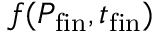
f ( P _ { \mathrm { f i n } } , t _ { \mathrm { f i n } } )